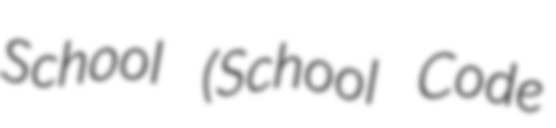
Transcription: School (School Code